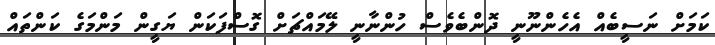
ކަމަށް ނަސީބެއް އެހެންނޫނީ ދޮންބެވެސް ހުންނާނީ ލޭމައްޗަށް ގޮސްފަކަން ޔަގީން މަންމަގެ ކަންތައް